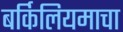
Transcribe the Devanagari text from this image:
बर्किलियमाचा